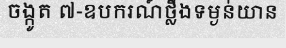
ចង្កូត ៧-ឧបករណ៍ថ្លឹងទម្ងន់យាន